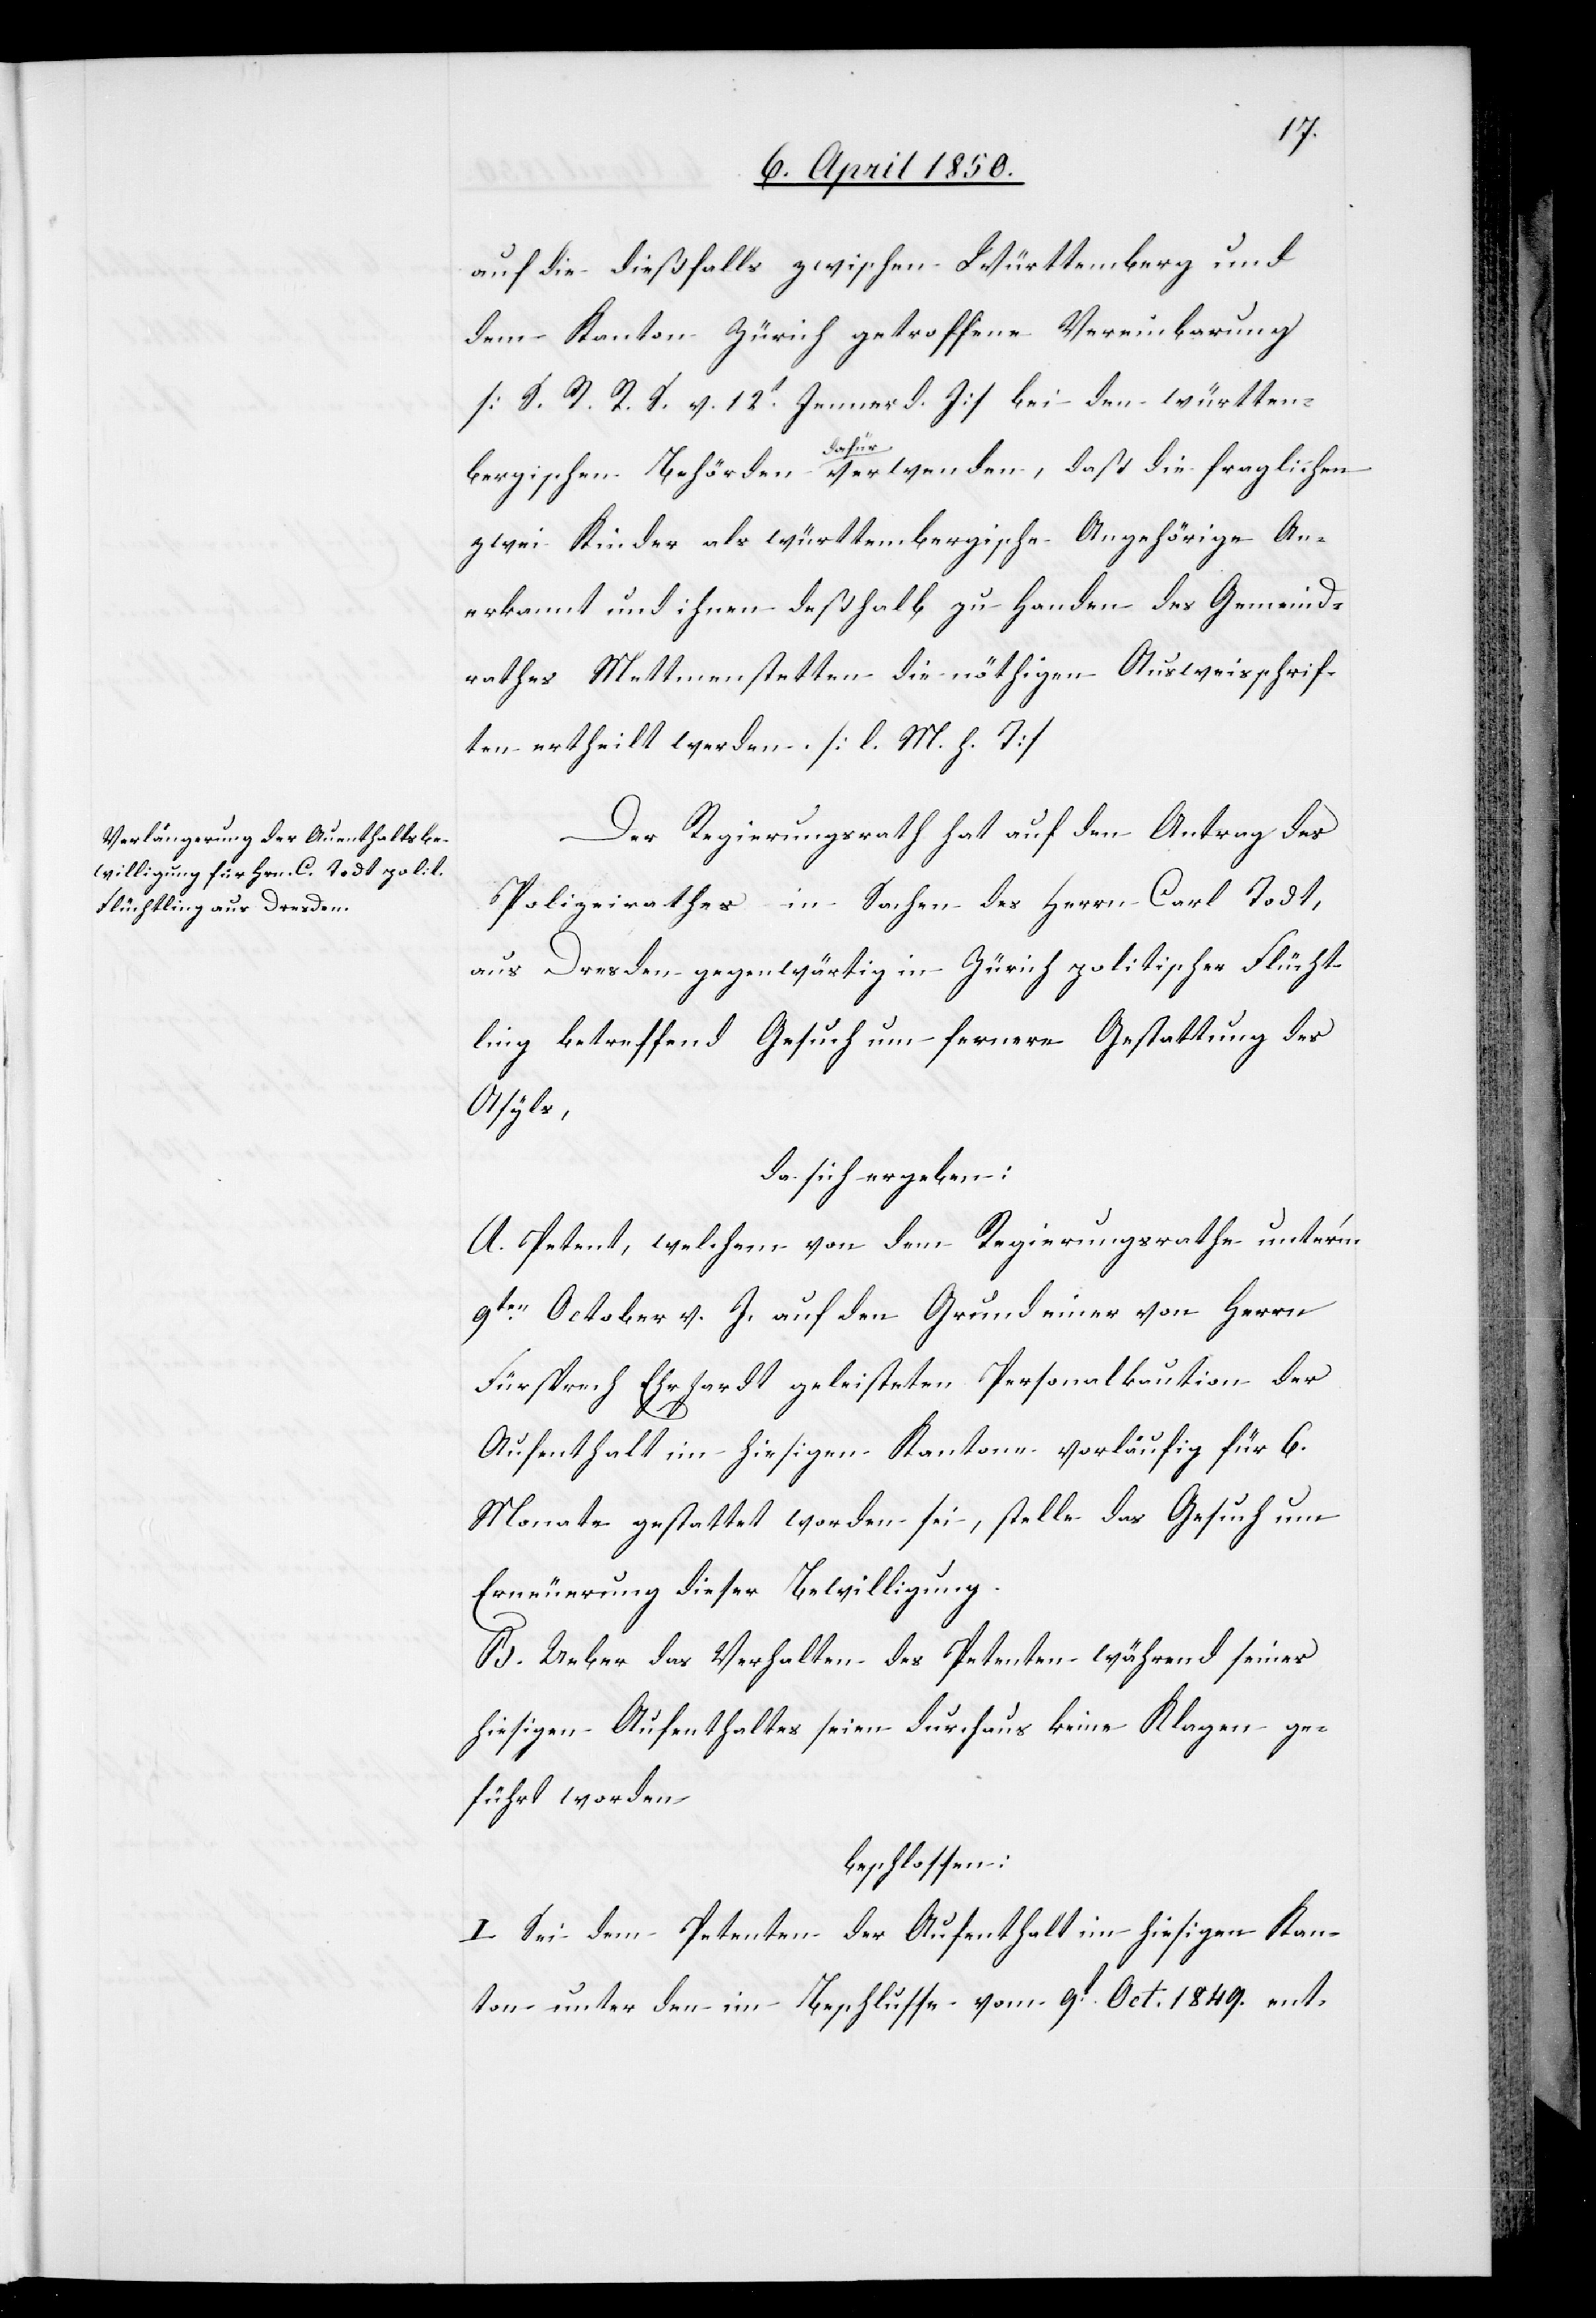
auf die dießfalls zwischen Württemberg und
dem Kanton Zürich getroffene Vereinbarung
[S. R. R. S. v. 12t Jenner d. J] bei den württem¬
bergischen Behörden dafür verwenden, daß die fraglichen
zwei Kinder als württembergische Angehörige An¬
erkannt und ihnen deßhalb zu Handen des Gemeind¬
rathes Mettmenstetten die nöthigen Ausweisschrif¬
ten ertheilt werden. [l. M. h. T]
Der Regierungsrath hat auf den Antrag des
Polizeirathes in Sachen des Herrn Carl Todt,
aus Dresden gegenwärtig in Zürich politischer Flücht¬
ling betreffend Gesuch um fernere Gestattung des
Asyls,
da sich ergeben:
A. Petent, welchem von dem Regierungsrathe unterm
9ten October v. J. auf den Grund einer von Herrn
Fürsprech Ehrhardt geleisteten Personalkaution der
Aufenthalt im hiesigen Kanton vorläufig für 6.
Monate gestattet worden sei, stelle das Gesuch um
Erneuerung dieser Bewilligung.
B. Ueber das Verhalten des Petenten während seines
hiesigen Aufenthaltes seien durchaus keine Klagen ge¬
führt worden
beschlossen:
I Sei dem Petenten der Aufenthalt im hiesigen Kan¬
ton unter den im Beschlusse vom 9t Oct. 1849. ent-